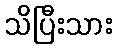
သိပြီးသား